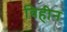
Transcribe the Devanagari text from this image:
विहीन